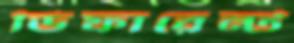
ডিফারেন্ট